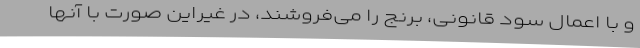
و با اعمال سود قانونی، برنج را می‌فروشند، در غیراین صورت با آنها